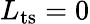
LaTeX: L_{\mathrm{ts}}=0